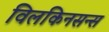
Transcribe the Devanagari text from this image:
विलकिनसन्स